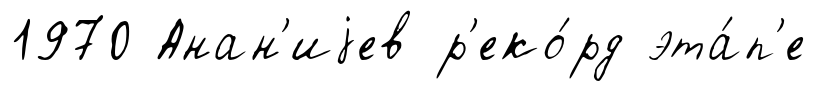
1970 Анан'иjев р'еко́рд эта́п'е